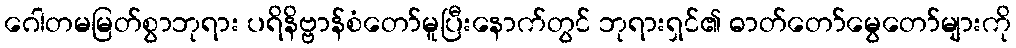
ဂေါတမမြတ်စွာဘုရား ပရိနိဗ္ဗာန်စံတော်မူပြီးနောက်တွင် ဘုရားရှင်၏ ဓာတ်တော်မွေတော်များကို